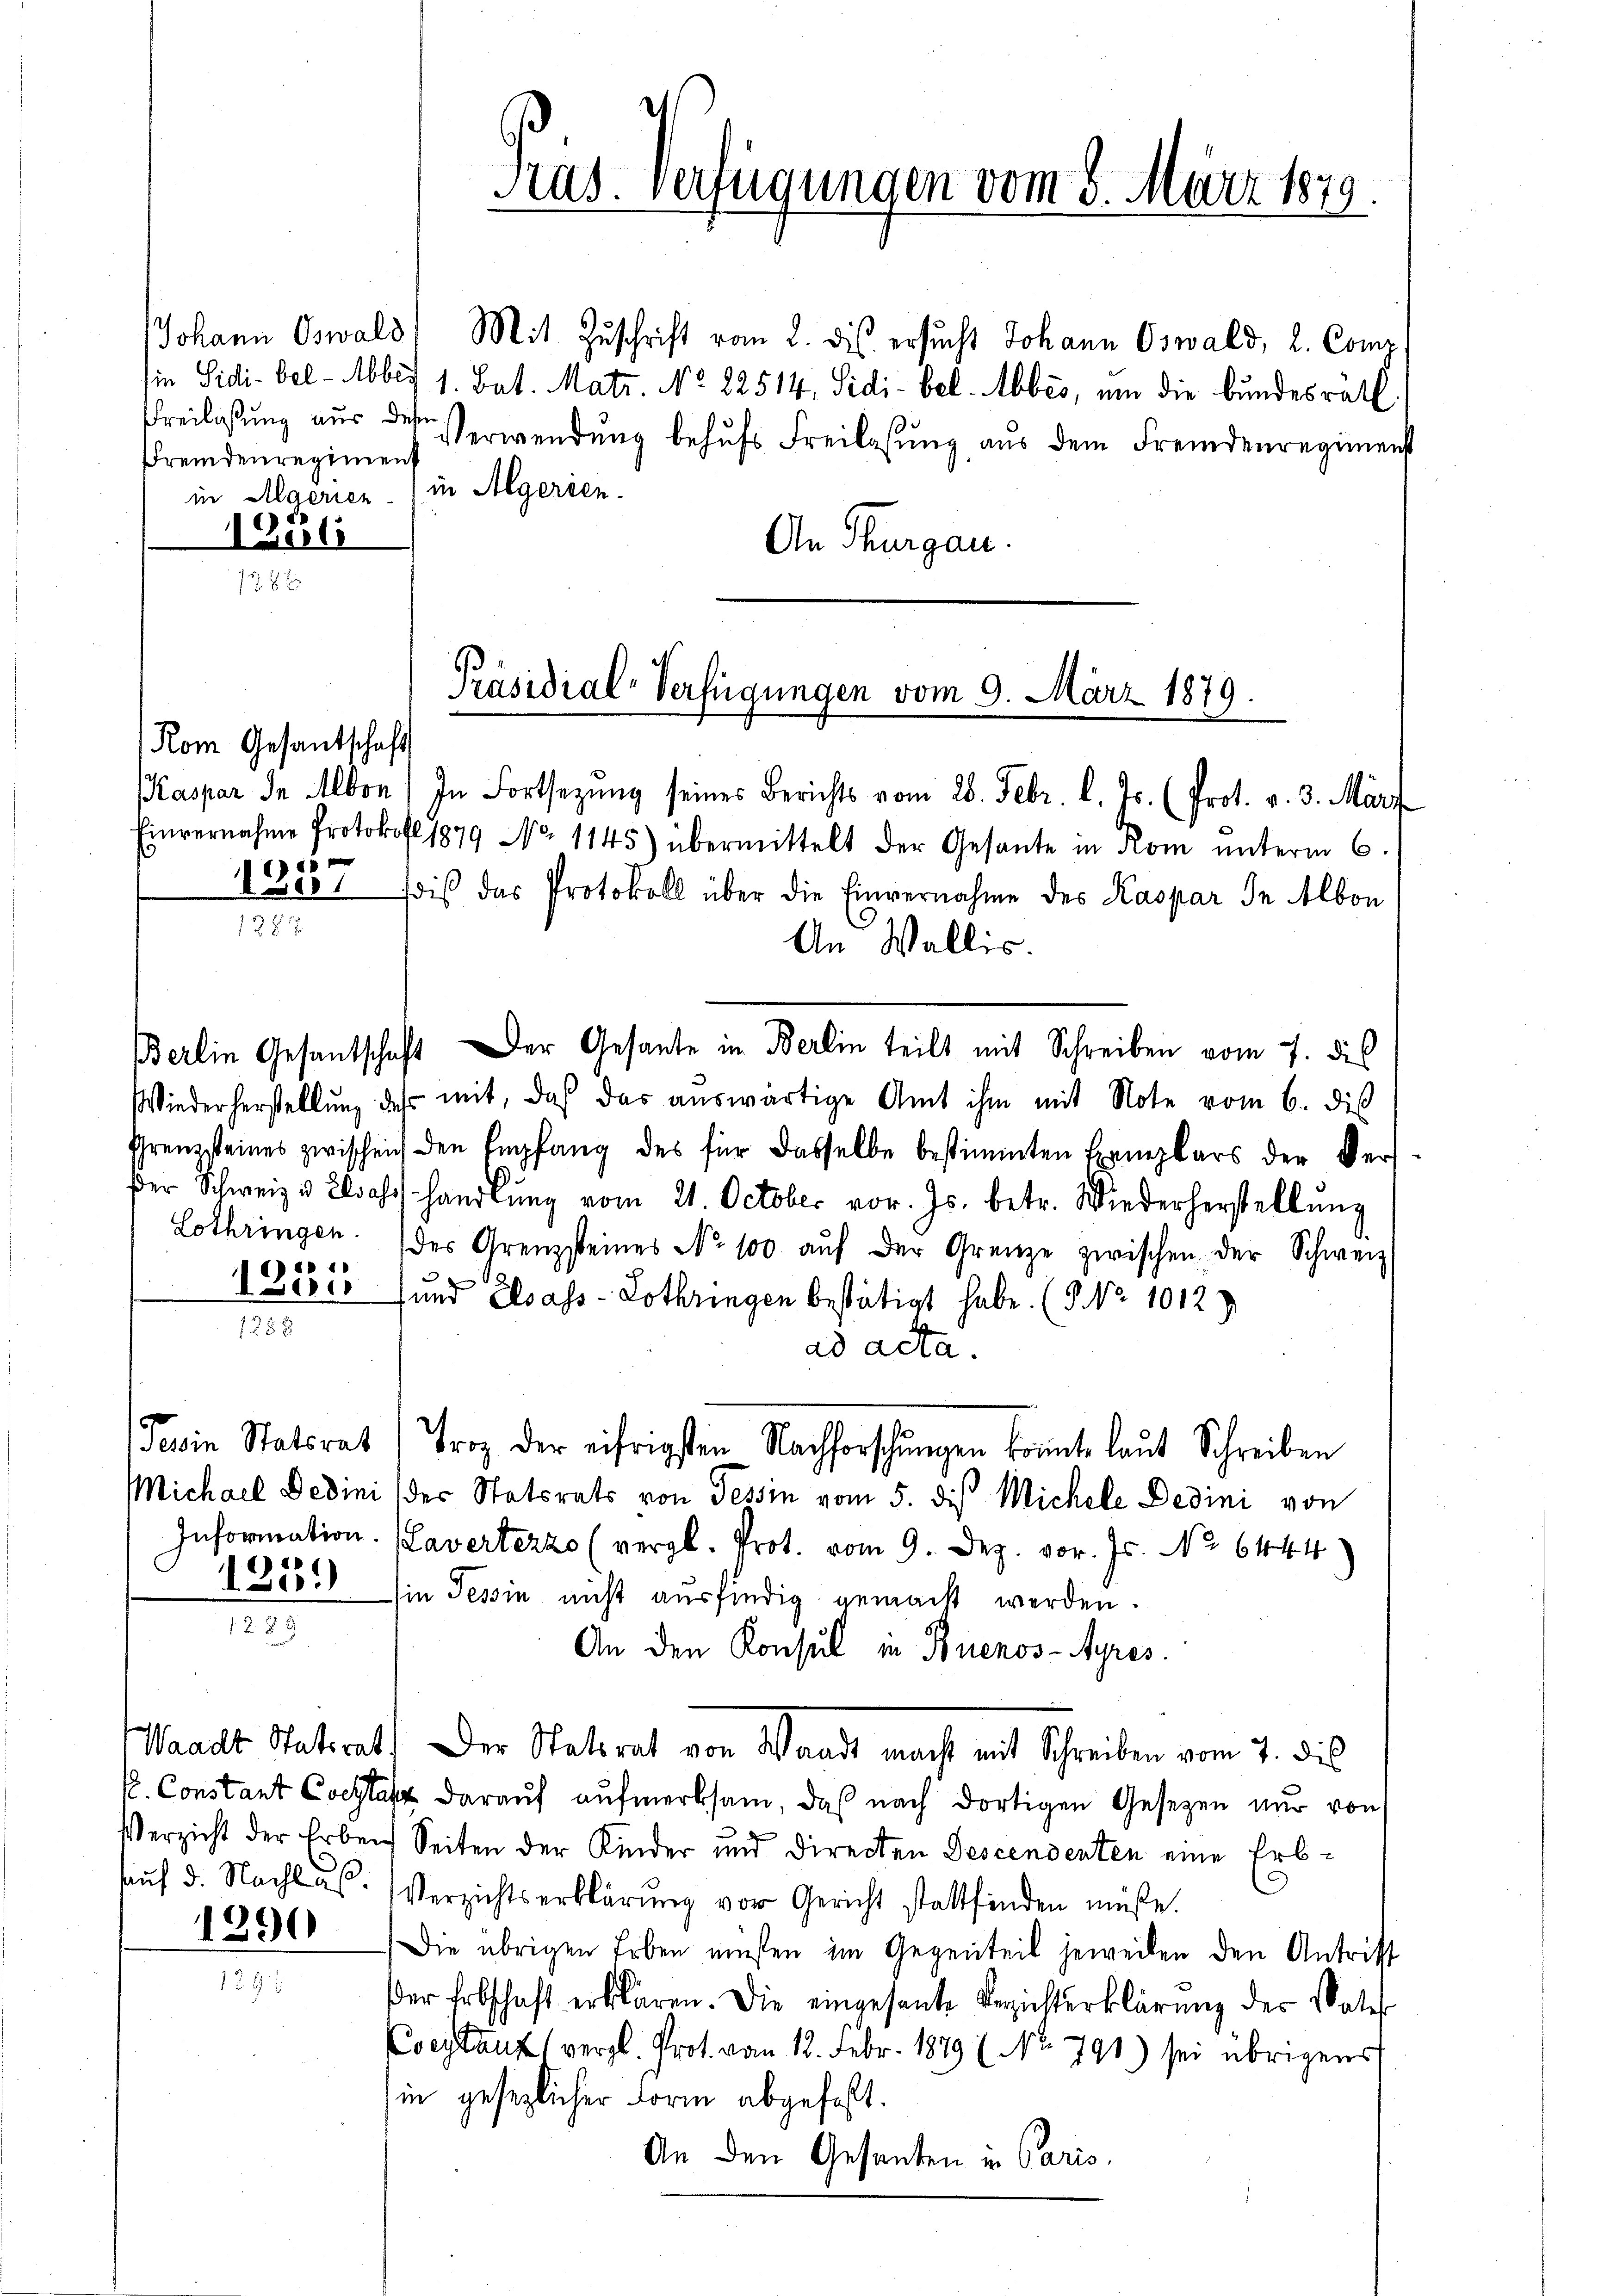
Johann Oswald) Mit Zuschrift vom 2. dis ersucht Johann Oswald, L. Comp
in Sidi-bel - Aber 1. Bat. Matr. No. 22514, Sidi-bel. Abbes, um die bundesräth
Freilassŭng aŭs des Verwendŭng behŭfs Freilassŭng aŭs dem Fremdenregimenst
Fremdenregiment
in Algerien in Algerien.
1281
An Thurgau.
138 x

Rom Gesantschaft
 f 0 x

17 f 17

)

1288

10

1223.

Kaspar de Albon) In Fortsetzung seines Berichts vom 28. Febr. l. Js. (Prot. v. 3. März
Einvernahme Protokoll 1879 No 1145) übermittelt der Gesante in Rom unterm 6.
1001 Bois das Protokoll über die Einvernahme des Kaspar In Albon
An Wallis.
Berlin Gesantschaft der Gesante in Berlin teilt mit Schreiben vom 7. dies
Wiederherstellŭng des mit, daß das auswärtige Amt ihm mit Note vom 6. dis
Prenzsteines zwischen den Empfang des für dasselbe bestimmten Exemplars der Verder Schweiz u. Elsass handlŭng vom 21. October vor. Js. betr. Wiederherstellŭng
Lothringen. des Grenzsteines No 100 aŭf der Grenze zwischen der Schweiz.
 Sever und Elsass-Lothringen bestätigt habe. (S. Nr. 1012
ad acta.
Tein Statsrat (Trog der eifrigsten Nachforschungen konnte laut Schreiben
Michael Dedini (der Statsrats von Tessin vom 5. die Michele Dedini von
Information. (Lavertezzo (vergl. Prot. vom 9. Dez. vor. Js. No 6444
in Tessin nicht ausfindig gemacht werden.
An den Konsul in Buenos-Ayres.
Waadt, Vaterat) Der Statsrat von Waadt macht mit Schreiben vom 7. di
s. Constant Coetta darauf aufmerksam, das nach dortigen Gesetzen nur von
Verzicht der Erben Seiten der Kinder und directen Descendenten eine Erb-
hauf d. Nachlas. Verzichtserklärung vor Gericht stattfinden müße.
Die übrigen Erben müssen im Gegenteil jeweilen den Antritt
der Erbschaft erklären. Die eingesante Verzichterklärung des Vater
Coestanz vergl. Prot. vom 12. Febr. 1879 ( No. 791) sei übrigens
in gesezlicher Form abgefaßt.
An den Gesanten in Paris.

1390

Pras. Verfügungen vom 8. März 1879.

Präsidial-Verfügungen vom 9. März 1879.
d